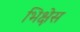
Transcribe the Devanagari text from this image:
भिक्षेस